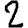
Digit: 2